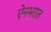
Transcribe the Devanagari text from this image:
ऐनभरात